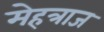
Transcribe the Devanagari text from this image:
मेहत्राज